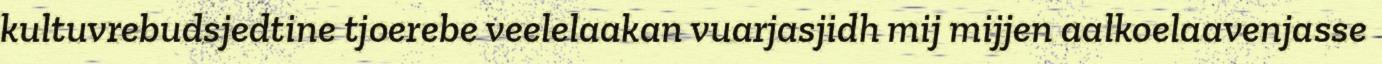
kultuvrebudsjedtine tjoerebe veelelaakan vuarjasjidh mij mijjen aalkoelaavenjasse